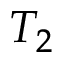
T _ { 2 }